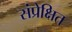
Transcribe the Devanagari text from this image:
संप्रेक्षित